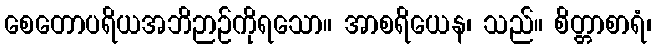
စေတောပရိယအဘိဉာဉ်ကိုရသော။ အာစရိယေန၊ သည်။ စိတ္တာစာရံ၊